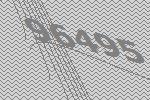
96495